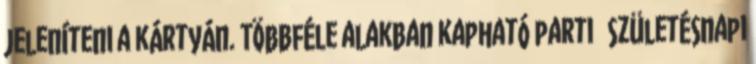
jeleníteni a kártyán. Többféle alakban kapható parti születésnapi